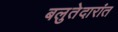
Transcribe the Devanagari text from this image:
बलुतेदारांत